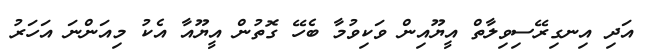
އަދި އިނގިރޭސިވިލާތް އީޔޫއިން ވަކިވުމާ ބެހޭ ގޮތުން އީޔޫއާ އެކު މިއަންނަ އަހަރު